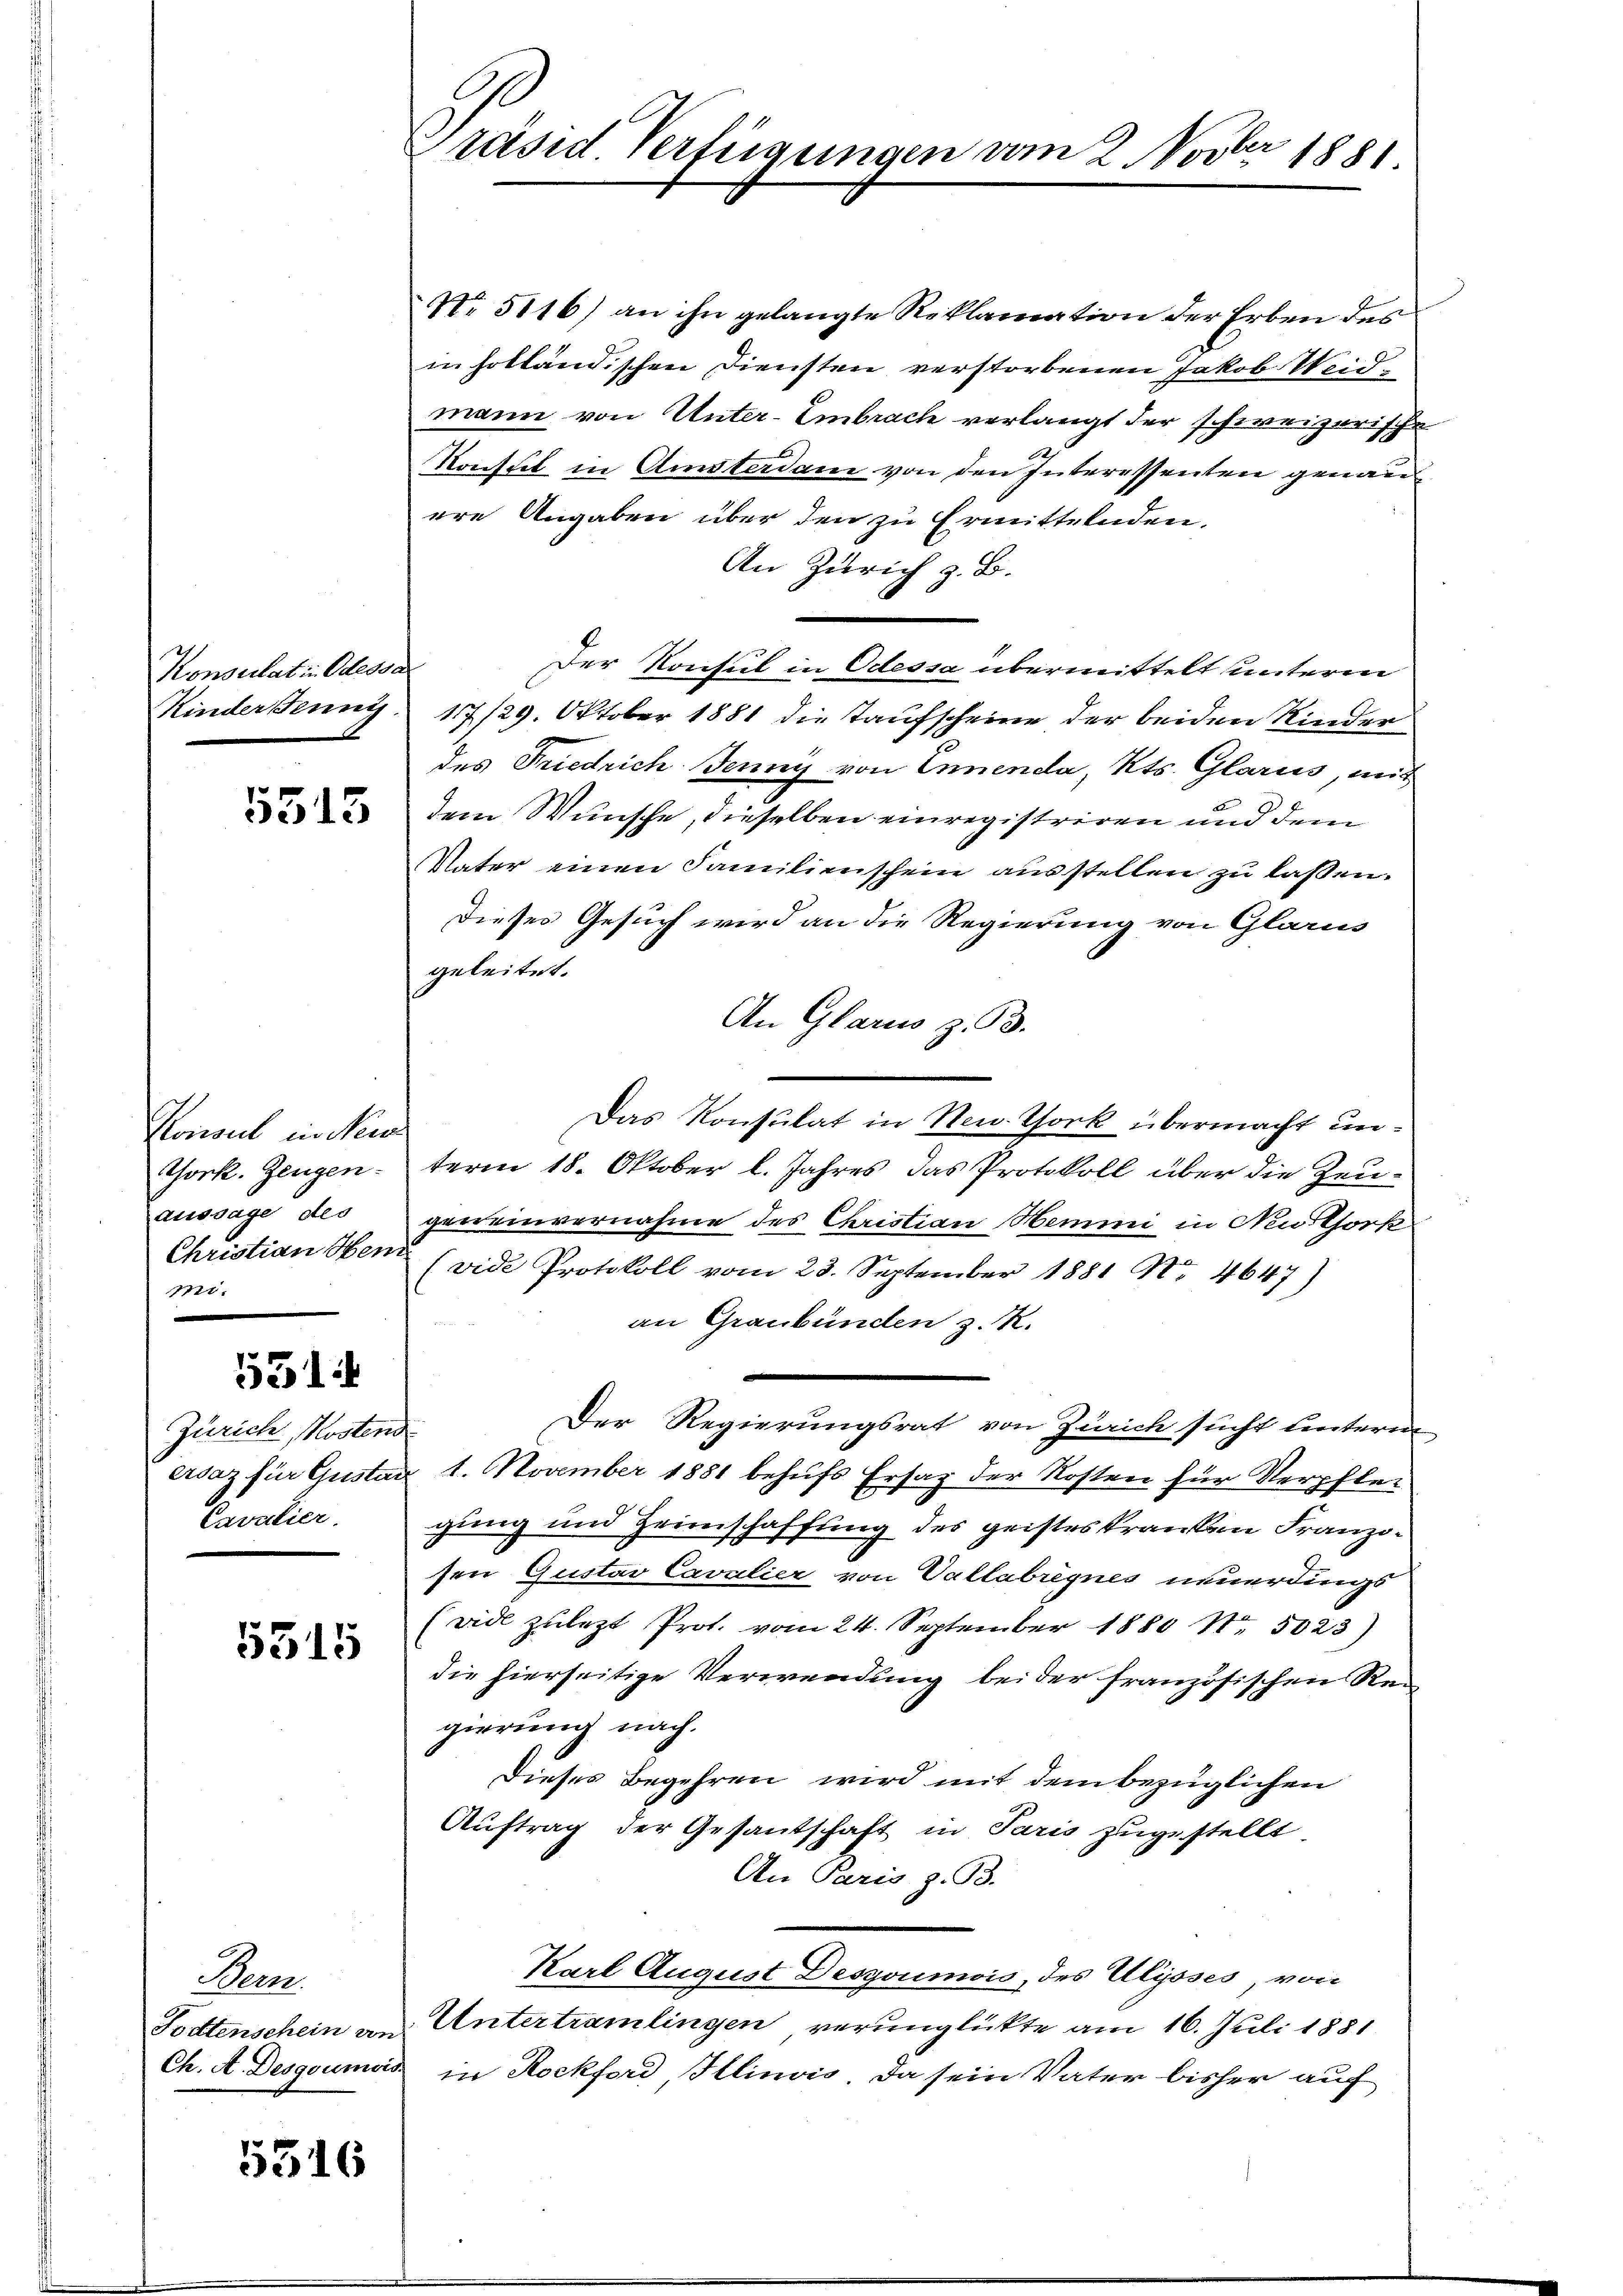
Konsulatin Odessa
Kinder Jenny.

5515

Konweil in Neuer
Tork. Zeugen-
aussage des
Christian Hen
mi.

531.

Zürich, Kostens
ersaz für Gustan
Cavalier.

5315

Peen

5316

Se
Präsid. Verfügungen am 2. Nover 1881.

No 5116) an ihn gelangte Reklamation der Erben des
in holländischen Diensten verstorbenen Jakob Weidmann von Unter-Embrach verlangt der schweizerische
Konstil in Amsterdam von den Interessenten genann
ere Angaben über den zu Ermittelnden.
An Zürich z. B.
Der Konsul in Odessa übermittelt unterm
17/29. Oktober 1881 die Taufscheine der beiden Kinder
des Friedrich Jenny von Ennenda, Kts. Glarus, mit
dem Wunsche, dieselben einregistriren und dem
Vater einen Familienschein ausstellen zu lassen.
Dieses Gesuch wird an die Regierung von Glarus
geleitet.
An Glarus z. B.
Das Konsulat in New Thork übermacht unterm 18. Oktober l. Jahres das Protokoll über die Zeugereinvernahme des Christian Hemmi in Neuthork
(vide Protokoll vom 23. September 1881 No 4647)
an Graubünden z. R.
Der Regierungsrat von Zürich sucht hinteren
1. November 1881 behufs Ersaz der Kosten für Verpfleg
gung und Heimschaffung des geisteskranken Franzosen Gustav Cavalier von Vallabrégnes neuerdings
(vide zulezt Prot. vom 24. September 1880 Nr. 5023)
die hierseitige Verwendung beider französischen Rei
gierung nach.
Dieses Begehren wird mit dem bezüglichen
Auftrag der Gesantschaft in Paris zugestellt.
An Paris z. B.
Karl August Deszoumois, des Ulysses, von
Todtenschein an Untertramlingen verunglückte am 16. Juli 1881
Ch. A. Desgoumais in Rockford Illinois, da sein Vater bisher auf